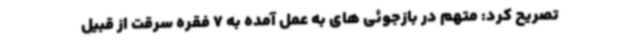
تصریح کرد: متهم در بازجوئی های به عمل آمده به 7 فقره سرقت از قبیل